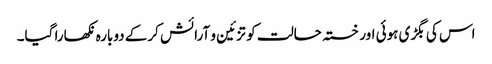
اس کی بگڑی ہوئی اور خستہ حالت کو تزئین و آرائش کرکے دوبارہ نکھارا گیا۔